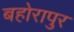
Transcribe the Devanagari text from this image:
बहोरापुर